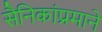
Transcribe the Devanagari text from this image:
सैनिकांप्रमाने